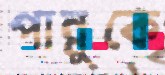
পান্নুকে